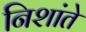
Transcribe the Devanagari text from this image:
निशांते